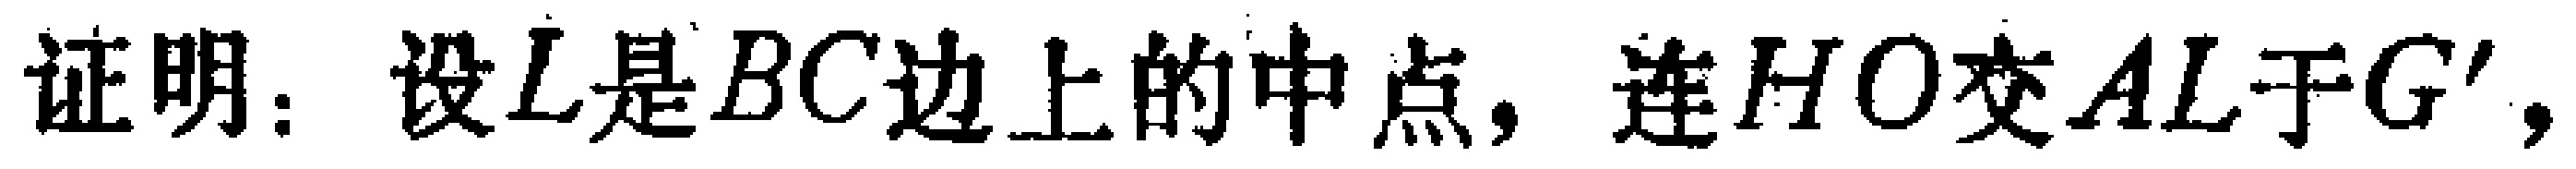
证明：设\(L\)是\(BC\)边上的中点，连\(HO\)交\(AL\)于\(G'\)，